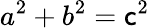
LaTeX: a^{2}+b^{2}=\mathsf{c}^{2}